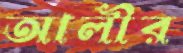
আলীর